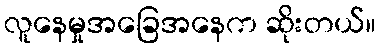
လူနေမှုအခြေအနေက ဆိုးတယ်။